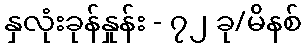
နှလုံးခုန်နှုန်း - ၇၂ ခု/မိနစ်